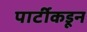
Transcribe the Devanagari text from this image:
पार्टीकडून